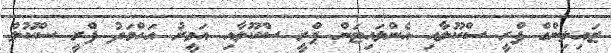
ޒައިލިންގް ޕްރީ ސްކޫލާއި އެންލައިޓަން ޕްރީ ސްކޫލާއި އަމީރު އަހްމަދު ޕްރީ ސްކޫލް